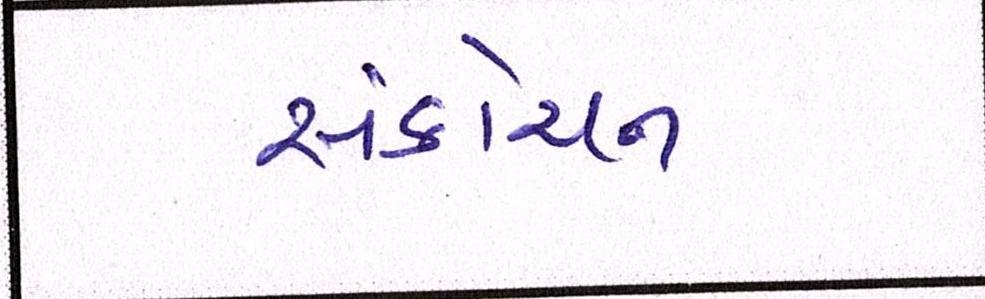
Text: સંકોચન